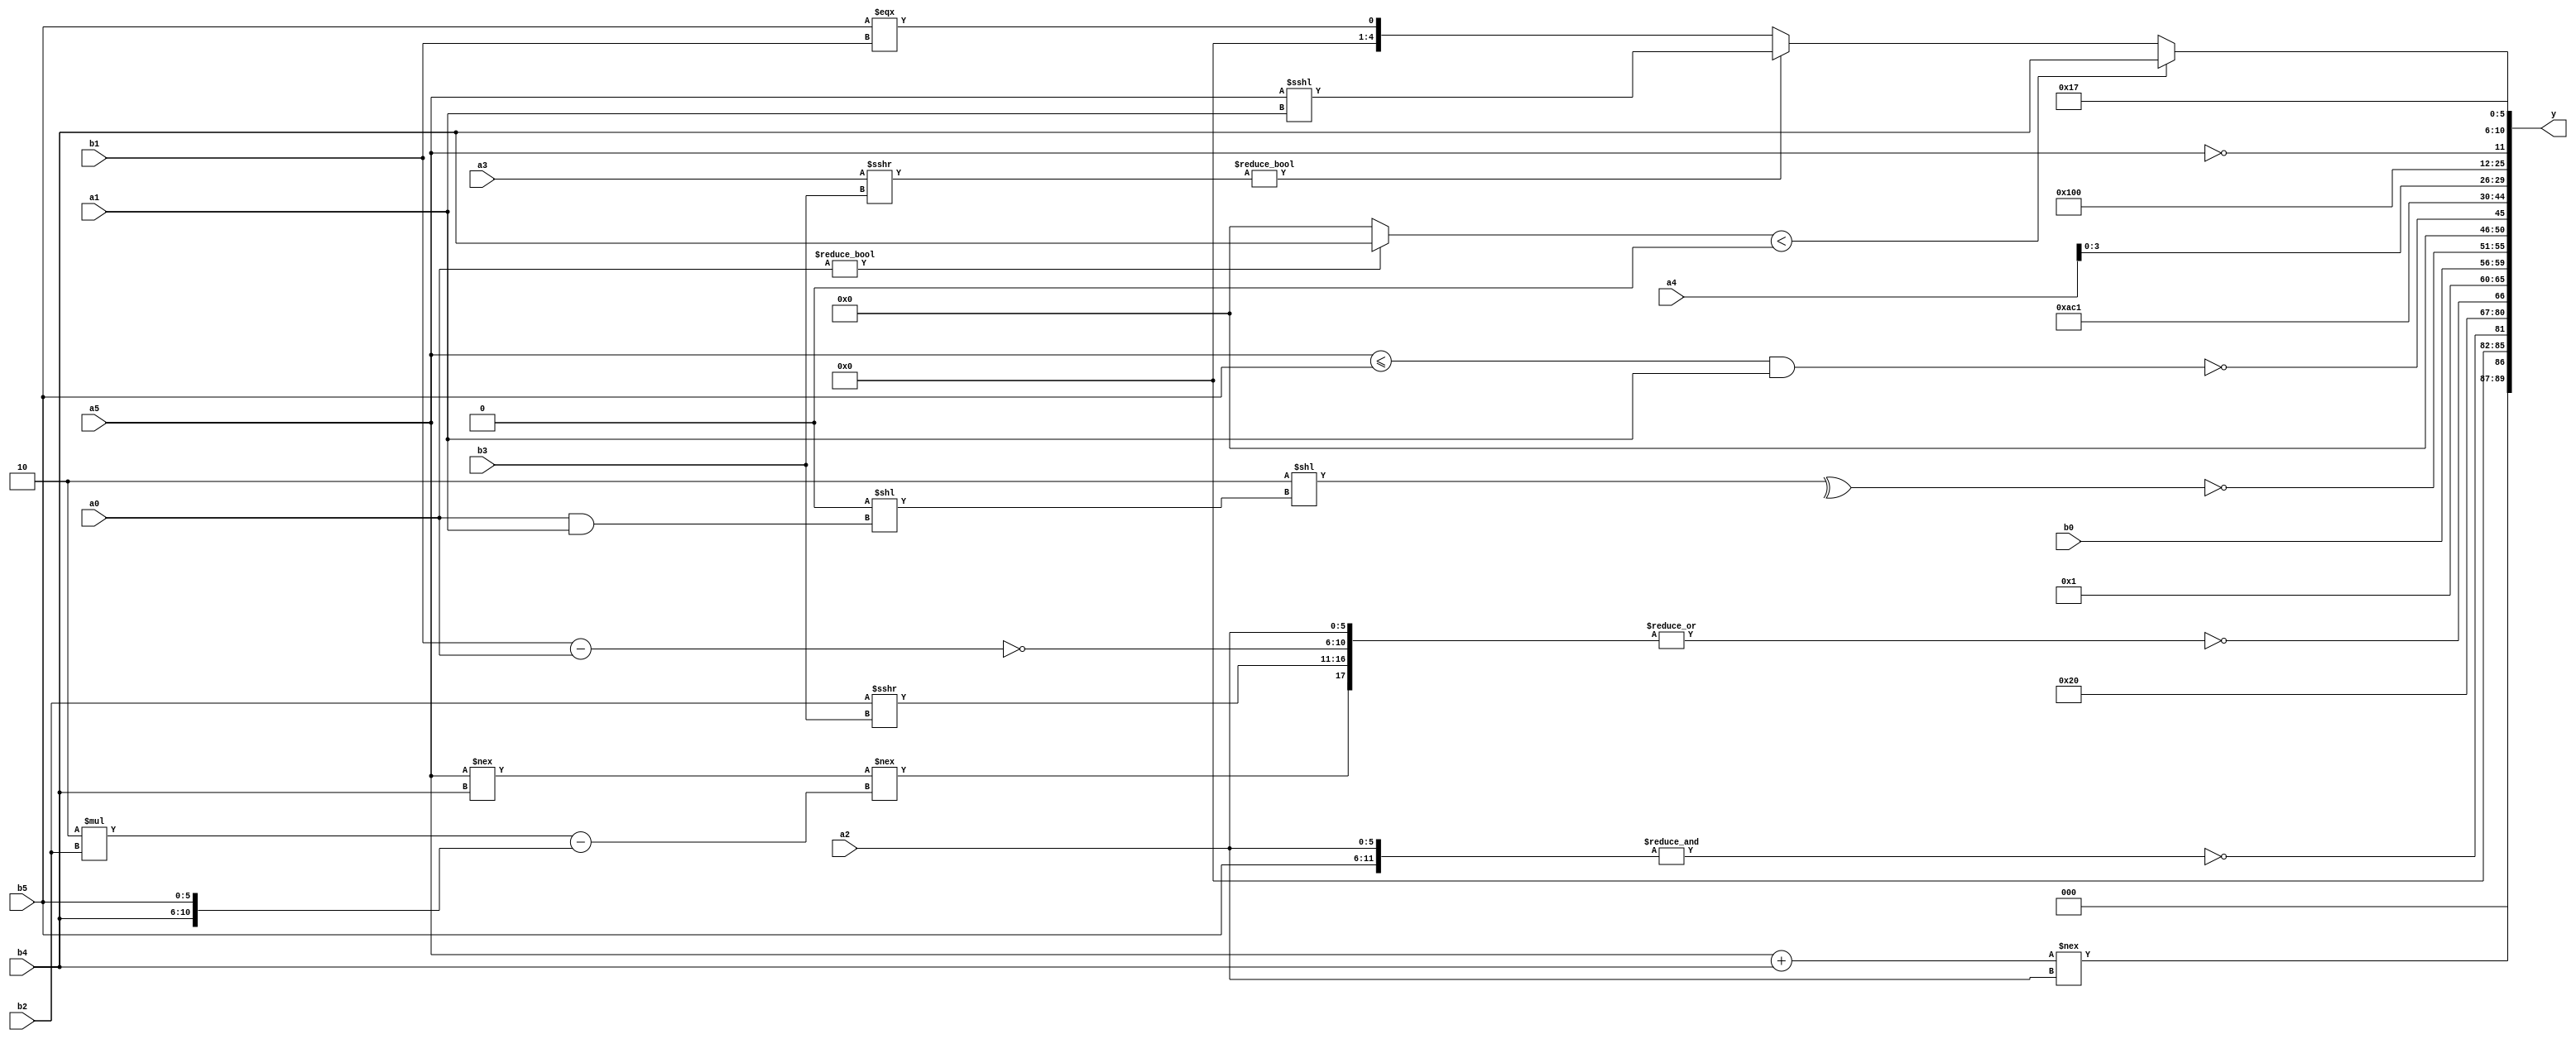
module expression_00185(a0, a1, a2, a3, a4, a5, b0, b1, b2, b3, b4, b5, y);
  input [3:0] a0;
  input [4:0] a1;
  input [5:0] a2;
  input signed [3:0] a3;
  input signed [4:0] a4;
  input signed [5:0] a5;

  input [3:0] b0;
  input [4:0] b1;
  input [5:0] b2;
  input signed [3:0] b3;
  input signed [4:0] b4;
  input signed [5:0] b5;

  wire [3:0] y0;
  wire [4:0] y1;
  wire [5:0] y2;
  wire signed [3:0] y3;
  wire signed [4:0] y4;
  wire signed [5:0] y5;
  wire [3:0] y6;
  wire [4:0] y7;
  wire [5:0] y8;
  wire signed [3:0] y9;
  wire signed [4:0] y10;
  wire signed [5:0] y11;
  wire [3:0] y12;
  wire [4:0] y13;
  wire [5:0] y14;
  wire signed [3:0] y15;
  wire signed [4:0] y16;
  wire signed [5:0] y17;

  output [89:0] y;
  assign y = {y0,y1,y2,y3,y4,y5,y6,y7,y8,y9,y10,y11,y12,y13,y14,y15,y16,y17};

  localparam [3:0] p0 = (({4{(-5'sd14)}}|{2{(4'sd2)}})^(((4'd5)==(4'sd2))+(|(4'd8))));
  localparam [4:0] p1 = ((4'd10)&((4'd14)>>(((4'd8)>>(3'sd0))||{(3'sd2),(2'sd1),(3'd7)})));
  localparam [5:0] p2 = ({3{((5'sd4)==(5'sd5))}}>({4{(5'd29)}}!==(~^(~^(5'd14)))));
  localparam signed [3:0] p3 = (~^(((-4'sd5)==(5'd31))-((4'sd6)<<(2'd3))));
  localparam signed [4:0] p4 = ((~&{1{(((-2'sd1)&(5'sd0))>>(~^(5'sd7)))}})!=={2{(|(6'd2 * (3'd3)))}});
  localparam signed [5:0] p5 = ((((-(-5'sd4))%(-4'sd3))!=(4'd2))>((5'd27)*((-3'sd0)!==(-3'sd2))));
  localparam [3:0] p6 = {{(&(3'd3))}};
  localparam [4:0] p7 = {(((3'd7)?(4'sd1):(2'd2))?((-2'sd1)?(-4'sd7):(5'd30)):{(-4'sd6)}),(((4'sd2)?(5'd28):(5'd5))?((-5'sd8)>>>(3'd7)):((3'sd2)?(-3'sd3):(5'sd14))),({(3'sd1),(3'sd1),(3'd0)}+((3'd6)+(2'd0)))};
  localparam [5:0] p8 = (((5'sd3)!==(5'd29))+(5'd2 * (5'd11)));
  localparam signed [3:0] p9 = (((4'sd3)===(5'd15))%(5'd15));
  localparam signed [4:0] p10 = {2{{4{(6'd2 * (2'd0))}}}};
  localparam signed [5:0] p11 = (((5'sd2)>=(3'd6))/(3'sd1));
  localparam [3:0] p12 = (~&(((-2'sd1)>=(-2'sd1))/(-2'sd1)));
  localparam [4:0] p13 = (~^(+((!(-((2'd0)<<<(-5'sd4))))&&(((-4'sd5)&&(4'sd7))&(~(-5'sd1))))));
  localparam [5:0] p14 = (2'd3);
  localparam signed [3:0] p15 = (2'd0);
  localparam signed [4:0] p16 = {1{(~^(~^(-(2'd0))))}};
  localparam signed [5:0] p17 = (((4'd2)<<<(-4'sd0))-((2'd2)===(2'd2)));

  assign y0 = ((a5+b4)!=={a2});
  assign y1 = (~|{2{{(&{b5,a2})}}});
  assign y2 = (({((p0!=p4)!=(p15-p6))}&((p4<=p9)&&{p16,p5,p11}))&&{$unsigned((6'd2 * (p12^p12))),((p5|p5)<(p16>=p15))});
  assign y3 = (3'sd2);
  assign y4 = (~|{((+(a5!==b4))!==((4'd2 * b2)-{b4,b5})),{{4{a2}},{1{(b2>>>b3)}},(~(b1-a0))}});
  assign y5 = (p15<p1);
  assign y6 = {3{$signed($signed(((-3'sd0)?(a4?b2:b4):$signed(b0))))}};
  assign y7 = (~(^({1{(2'd2)}}<<({4{p15}}<<{1{(-(a0&&a1))}}))));
  assign y8 = (~|{2{{2{((a5<=b5)&&(+a1))}}}});
  assign y9 = (((p7>p4)?((p11-p0)):(p17||p14))>(^((p4?p12:p11)?(~|(p6?p6:p6)):(p2<=p3))));
  assign y10 = (5'sd11);
  assign y11 = ((&({3{p6}}>(|p0)))<$unsigned((~(p4>>p0))));
  assign y12 = {{3{b5}},{3{b4}},{4{a4}}};
  assign y13 = (|(2'sd0));
  assign y14 = $signed({((a5&&a2)!==(5'd13)),{3{p12}},{(p13&p1)}});
  assign y15 = (!a5);
  assign y16 = (((a0?b4:p16)<{2{p6}})?{((p17>=p0)?(4'd2 * b1):{1{b4}})}:((a3>>>b3)?(a5<<<a1):(b5===b1)));
  assign y17 = $unsigned({{b2,b1,p1},{p8}});
endmodule